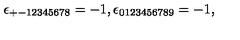
\qquad \epsilon _ { + - 1 2 3 4 5 6 7 8 } = - 1 , \epsilon _ { 0 1 2 3 4 5 6 7 8 9 } = - 1 ,